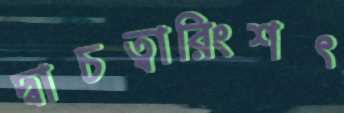
দ্বাচত্বারিংশৎ